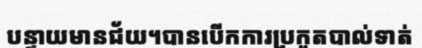
បន្ទាយមានជ័យ។បានបើកការប្រកួតបាល់ទាត់